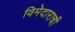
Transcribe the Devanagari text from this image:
विमेदाराची